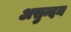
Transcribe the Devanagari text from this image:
असुन्दन